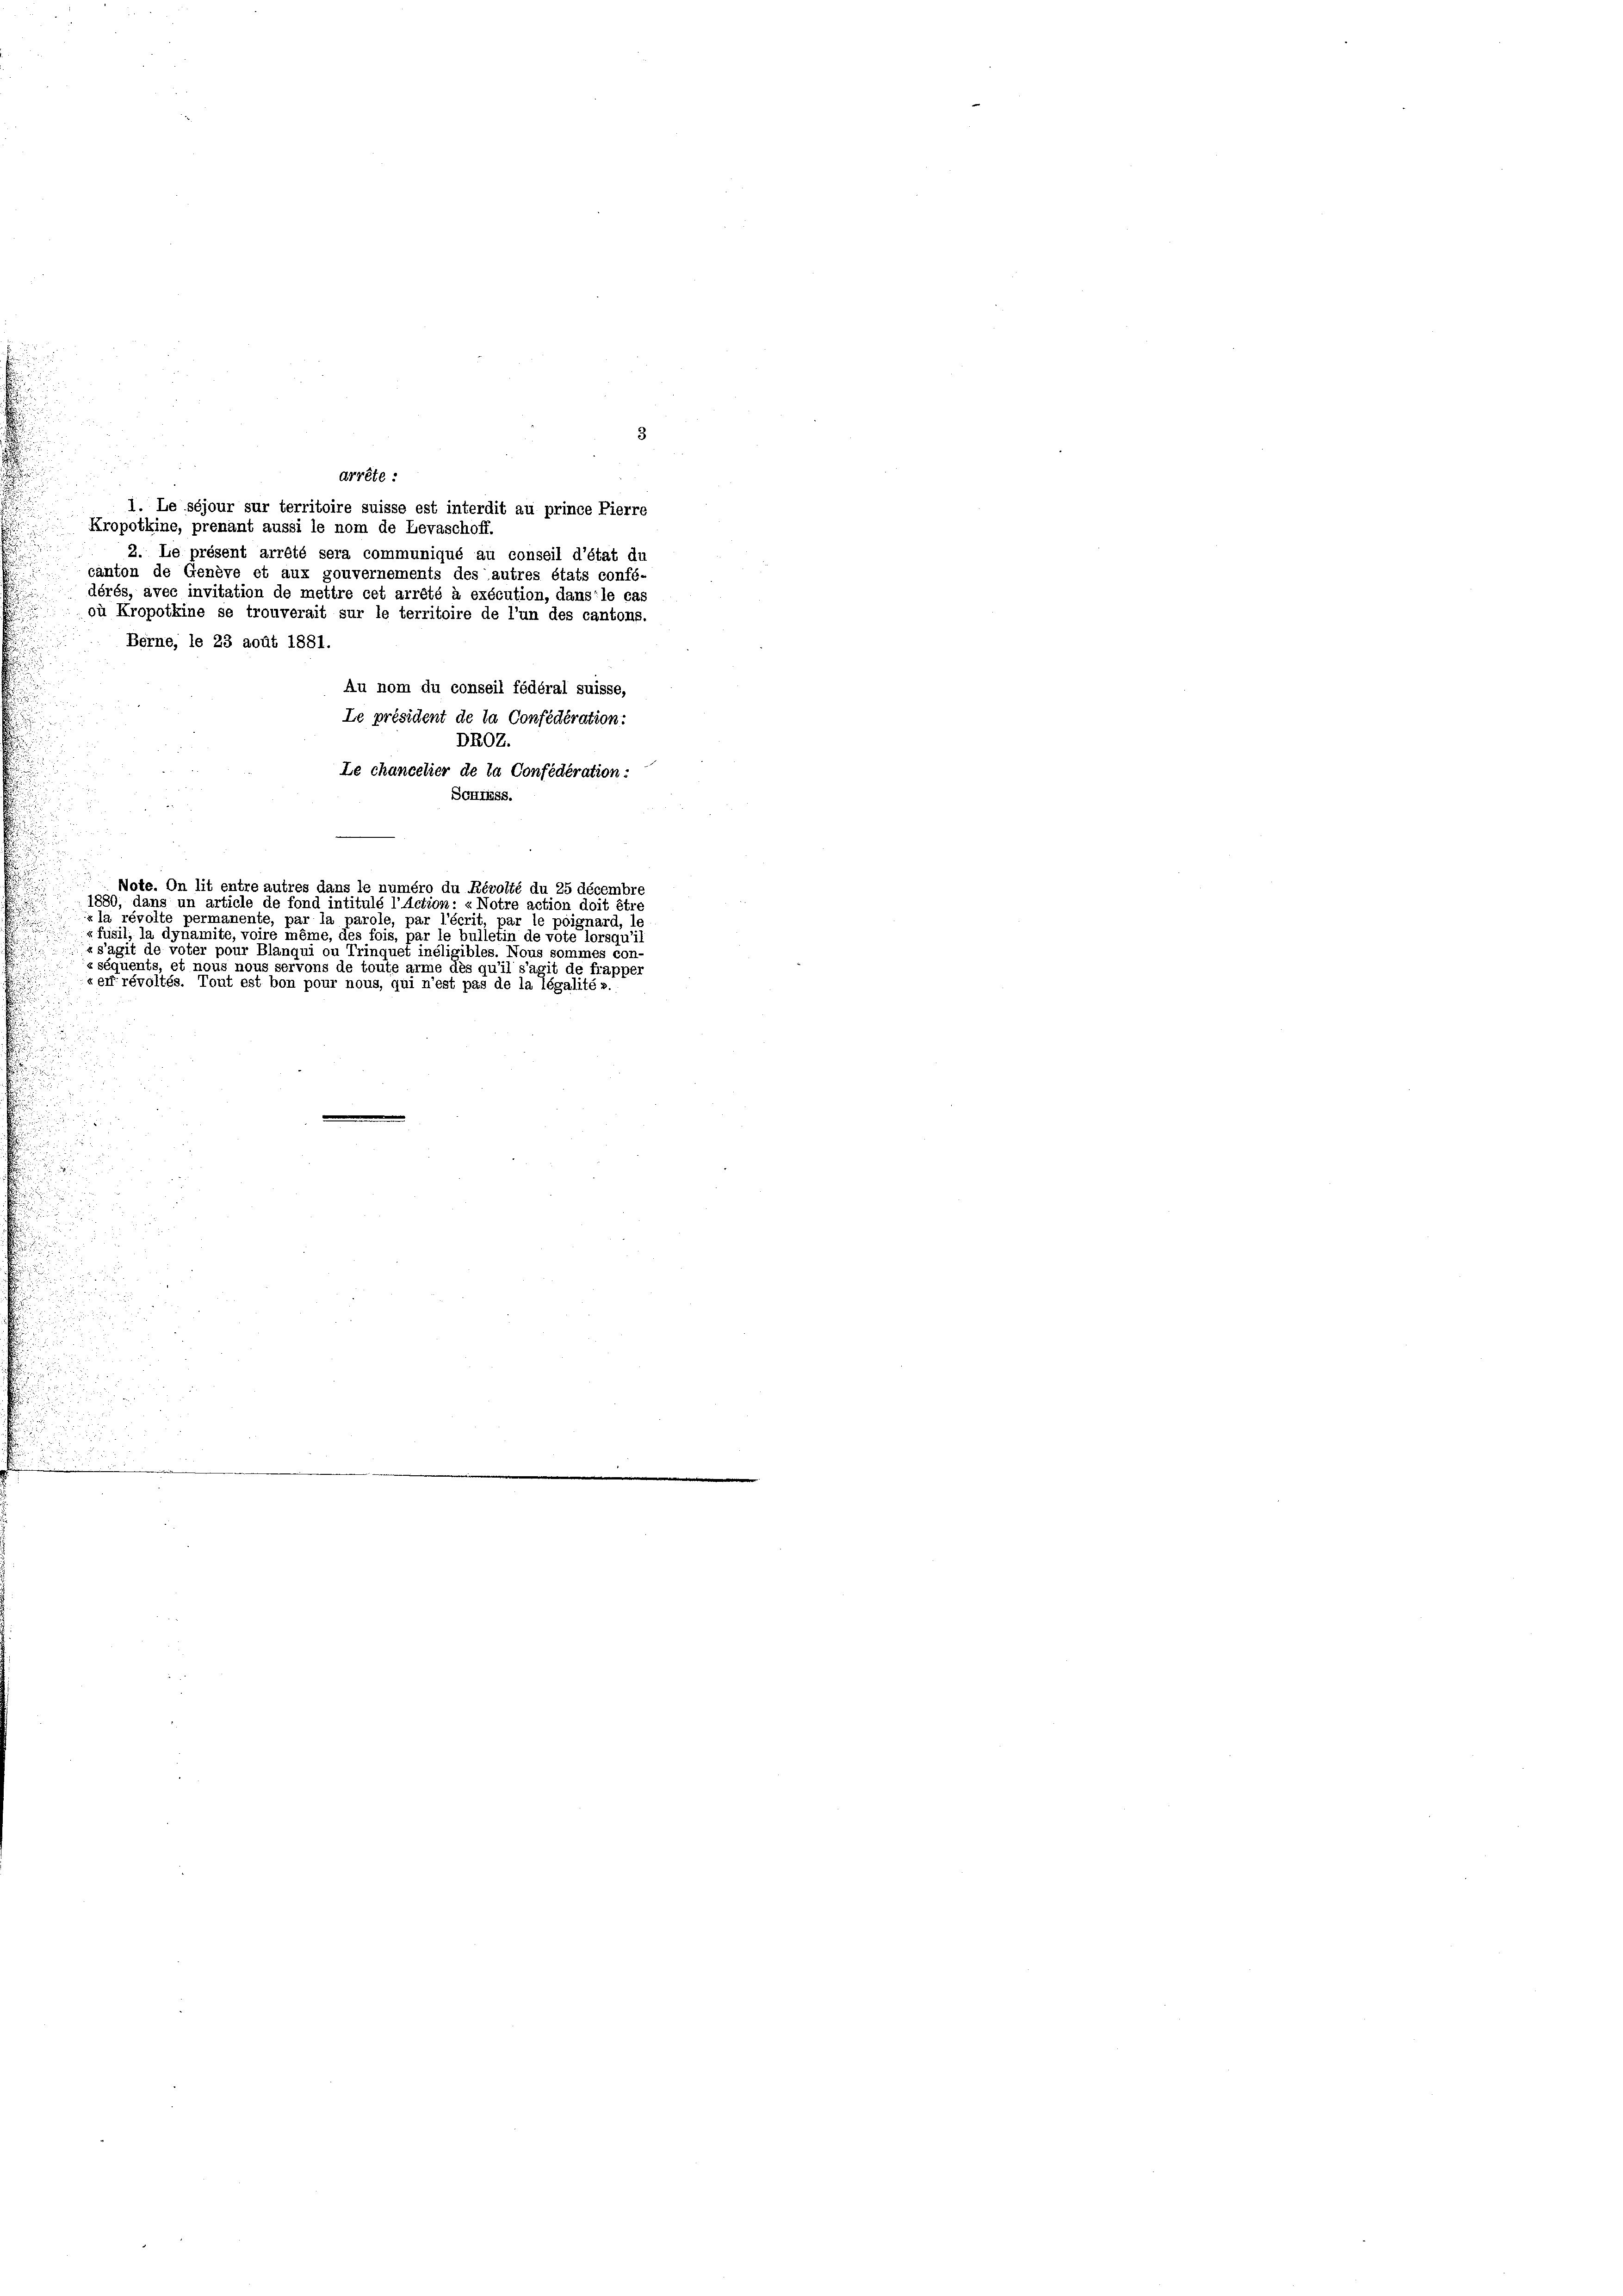
3
drrête :
1. Le séjour sur territoire suisse est interdit au prince Pierre
Kropotkine, prenant aussi le nom de Levaschoff.
2. Le présent arrété sera communiqué au conseil d’état du
canton de Genève et aux gouvernements des autres états confé-
dérés, avec invitation de mettre cet arrété à exécution, dans le cas
où Kropotkine se trouverait sur le territoire de l’un des cantons.
Berne, le 23 août 1881.
Au nom du conseil fédéral suisse,
Le président de la Confederation:
DROZ.
Le chancelier de la Confederation:
Sonriss.
i
Note. On lit entre autres dans le numéro du Révolté du 25 décembre
1880, dans un article de fond intitulé l’action: «Notre action doit êtr
x la révolte permanente, par la parole, par l’écrit, par le poignard, le

« fusil, la dynamite, voire même, des fois, par le bulletin de vote lorsqu’i
«s’agit de voter pour Blanqui ou Trinquet ineligibles. Nous sommes con-
«séquents, et nous nous servons de toute arme dès qu’il s’agit de frapper
«en révoltés. Tout est bon pour nous, qui n’est pas de la légalité».
d